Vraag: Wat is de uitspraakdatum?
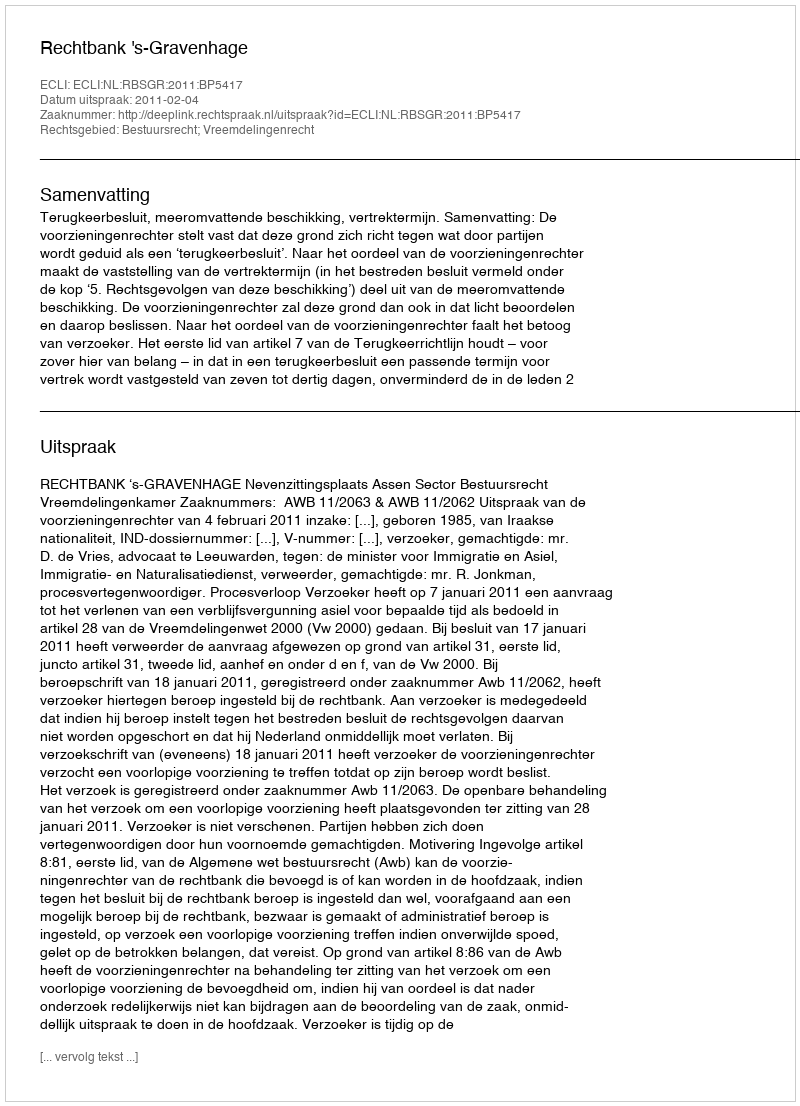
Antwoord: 2011-02-04